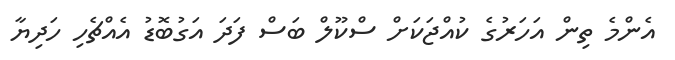
އެންމެ ތިން އަހަރުގެ ކުއްޖަކަށް ސްކޫލް ބަސް ފަދަ އަގުބޮޑު އެއްޗެހި ހަދިޔާ